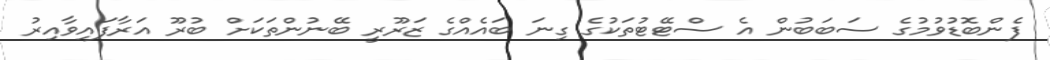
ފެންބޮޑުވުމުގެ ސަބަބުން އެ ސްޓޭޓުތަކުގެ ގިނަ ބައެއްގެ ޒަރޫރީ ބޭނުންތަކަށް ބުރޫ އަރާފައިވާއިރު